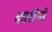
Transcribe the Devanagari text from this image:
कारोपों